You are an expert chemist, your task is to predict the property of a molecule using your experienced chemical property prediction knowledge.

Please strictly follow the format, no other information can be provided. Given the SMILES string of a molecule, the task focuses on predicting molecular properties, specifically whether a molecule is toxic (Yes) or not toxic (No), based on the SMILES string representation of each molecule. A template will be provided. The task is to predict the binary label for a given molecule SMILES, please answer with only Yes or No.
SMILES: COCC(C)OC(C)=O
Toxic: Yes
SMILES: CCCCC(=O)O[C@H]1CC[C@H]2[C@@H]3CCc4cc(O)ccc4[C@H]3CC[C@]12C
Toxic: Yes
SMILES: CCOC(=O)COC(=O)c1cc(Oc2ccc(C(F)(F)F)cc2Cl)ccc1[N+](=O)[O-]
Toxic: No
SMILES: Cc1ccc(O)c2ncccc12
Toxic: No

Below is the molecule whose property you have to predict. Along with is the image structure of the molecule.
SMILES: BrCCBr
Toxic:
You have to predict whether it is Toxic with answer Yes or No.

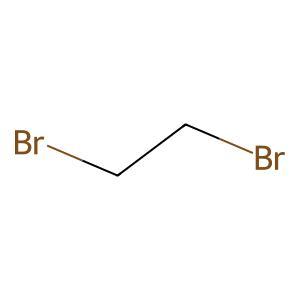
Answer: No